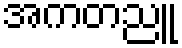
အကတညူ